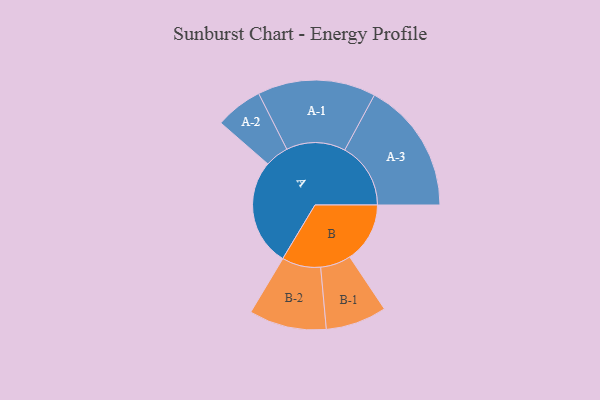
{"axis": {"x": "Segment", "y": "Value"}, "legend": ["", "A", "B"], "data": [{"x": "A", "y": 484, "type": ""}, {"x": "B", "y": 272, "type": ""}, {"x": "A-1", "y": 267, "type": "A"}, {"x": "A-2", "y": 107, "type": "A"}, {"x": "A-3", "y": 298, "type": "A"}, {"x": "B-1", "y": 138, "type": "B"}, {"x": "B-2", "y": 175, "type": "B"}]}